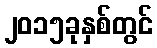
၂၀၁၅ခုနှစ်တွင်